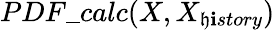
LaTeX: PDF\_ calc(X,X_{\mathfrak{h}\mathbf{i}story})